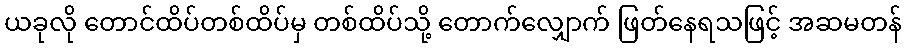
ယခုလို တောင်ထိပ်တစ်ထိပ်မှ တစ်ထိပ်သို့ တောက်လျှောက် ဖြတ်နေရသဖြင့် အဆမတန်